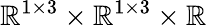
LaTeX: \mathbb{R}^{1\times 3}\times\mathbb{R}^{1\times 3}\times\mathbb{R}